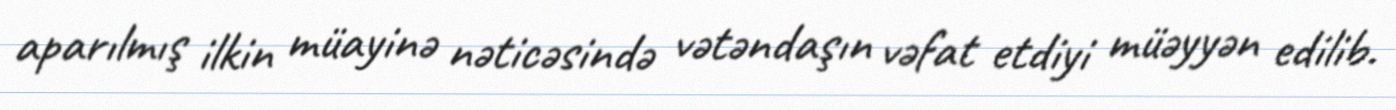
aparılmış ilkin müayinə nəticəsində vətəndaşın vəfat etdiyi müəyyən edilib.